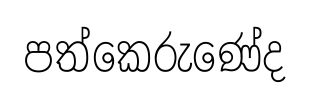
පත්කෙරුණේද